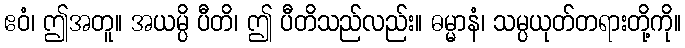
ဧဝံ၊ ဤအတူ။ အယမ္ပိ ပီတိ၊ ဤ ပီတိသည်လည်း။ ဓမ္မာနံ၊ သမ္ပယုတ်တရားတို့ကို။